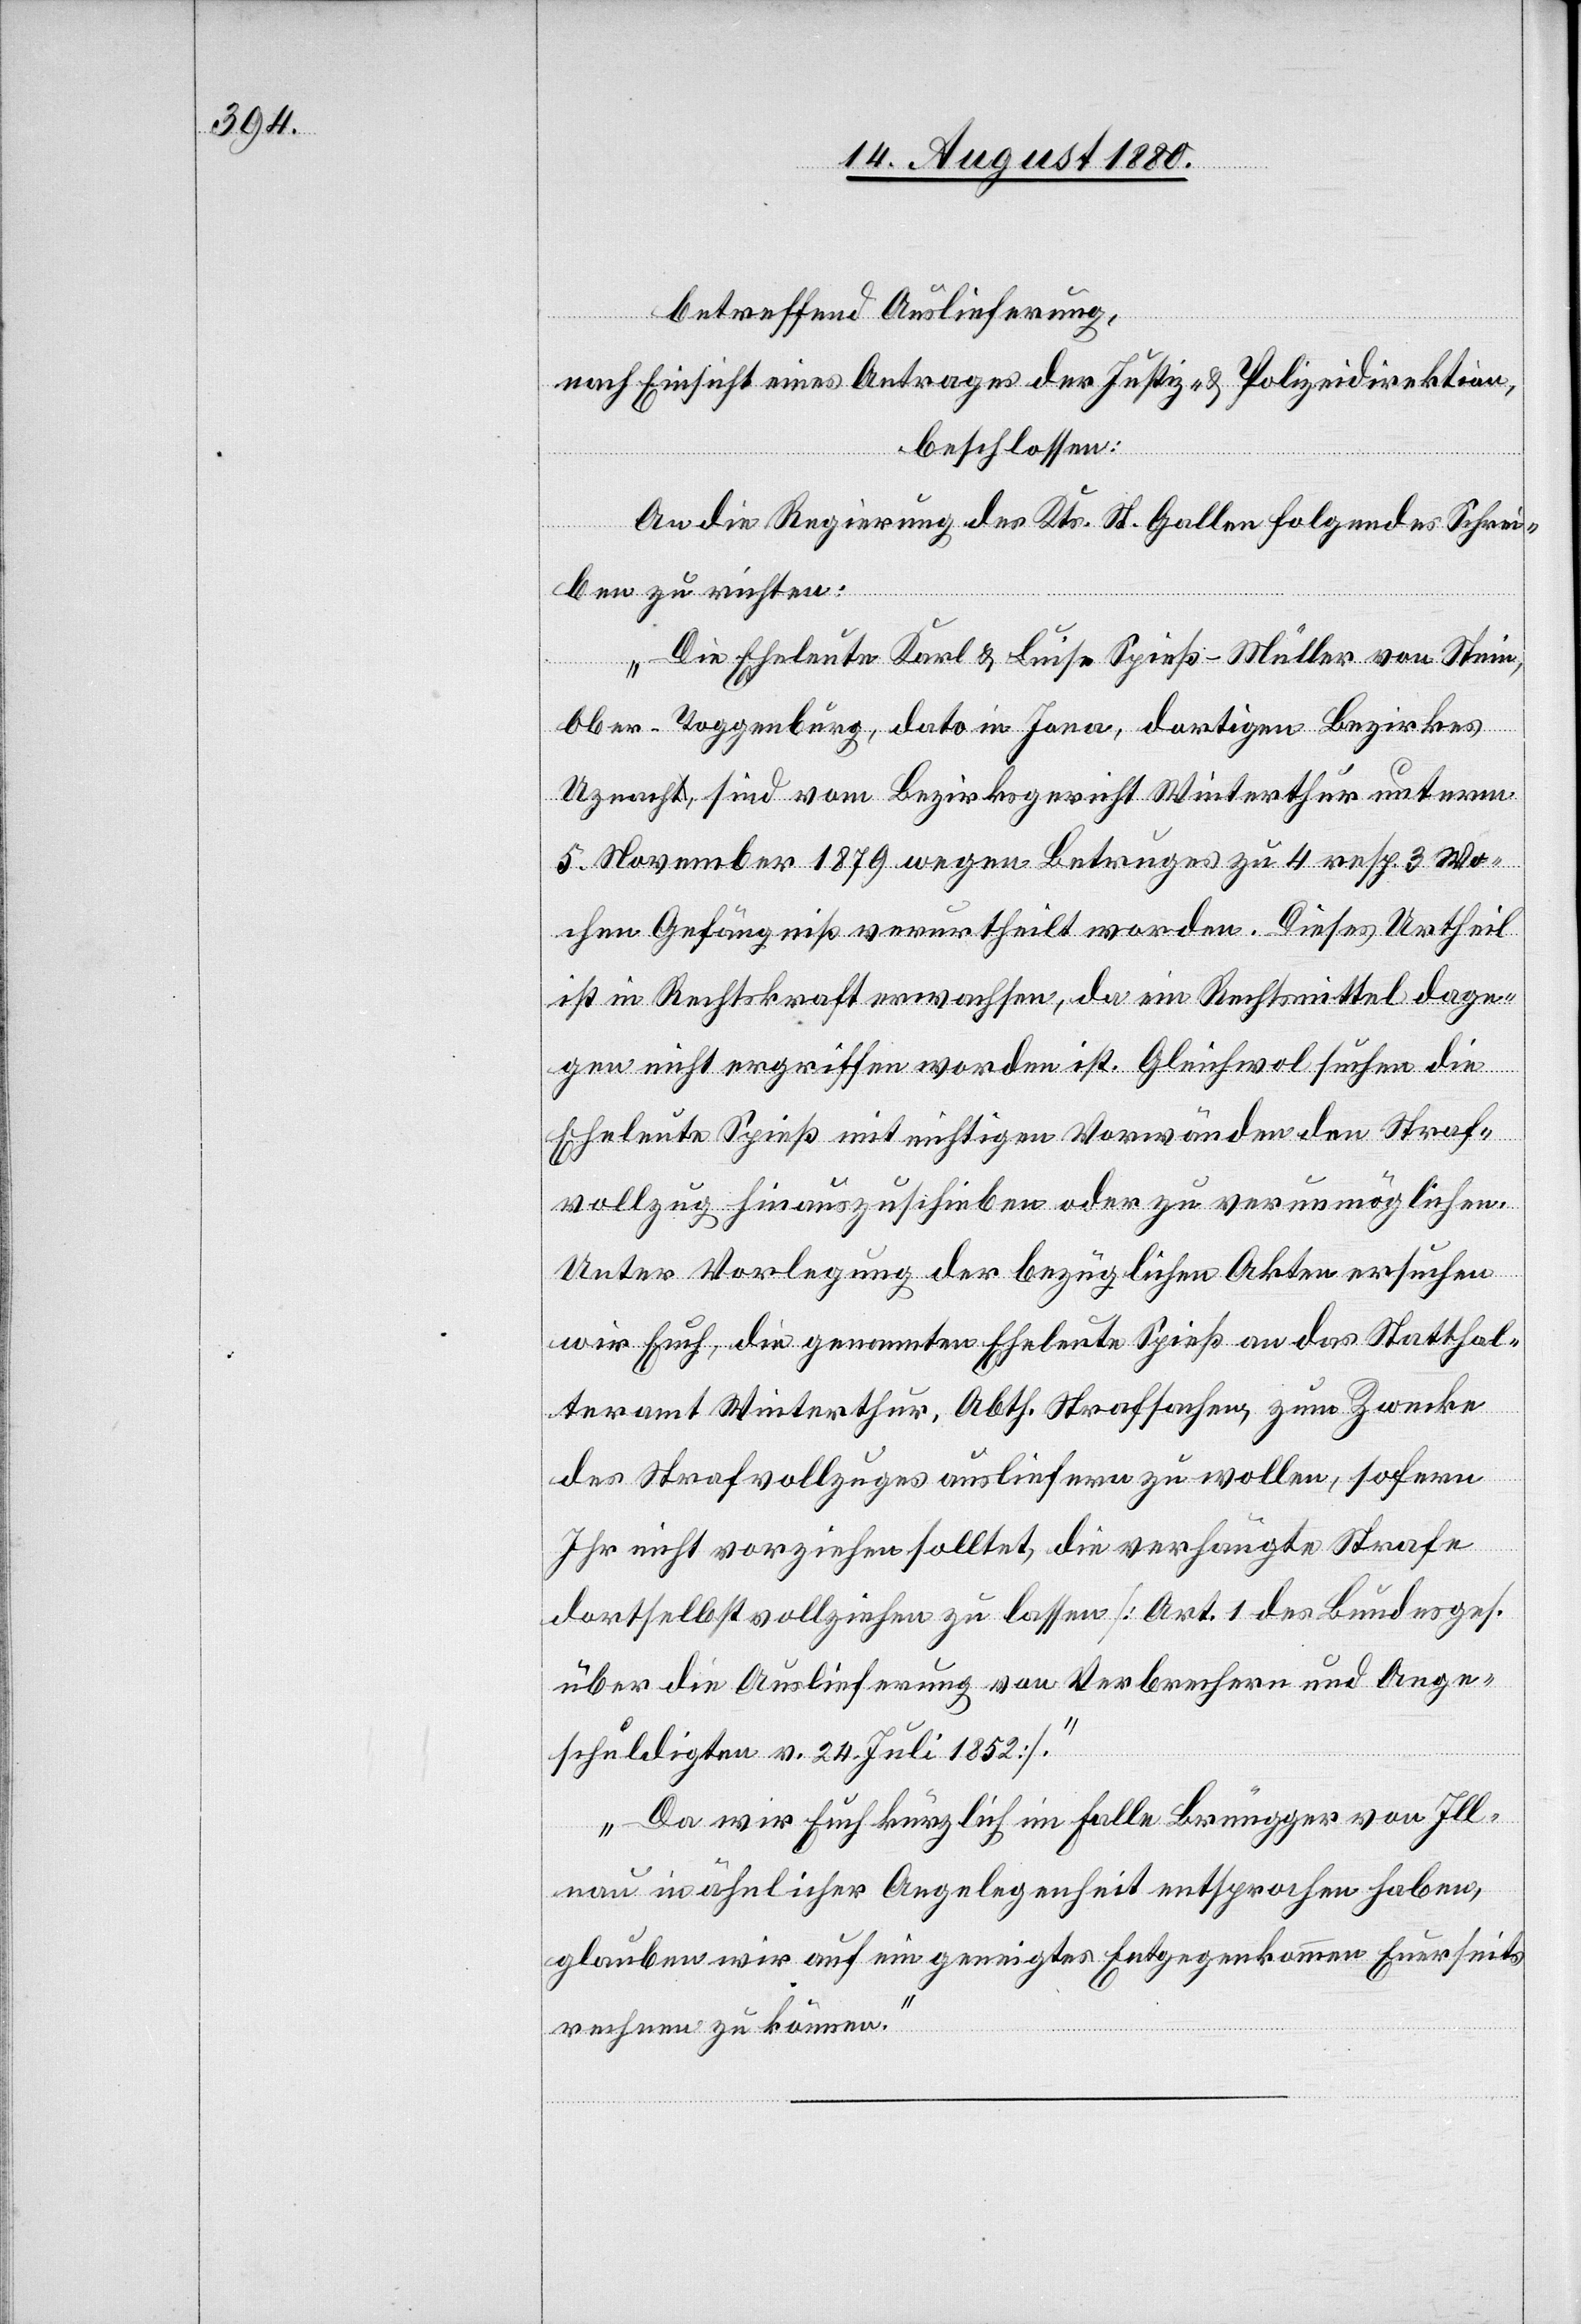
betreffend Auslieferung,
nach Einsicht eines Antrages der Justiz- & Polizeidirektion,
beschlossen:
An die Regierung des Kts. St. Gallen folgendes Schrei¬
ben zu richten:
„Die Eheleute Karl & Luise Spieß-Müller von Stein,
Ober-Toggenburg, dato in Jona, dortigen Bezirkes
Uznach, sind vom Bezirksgericht Winterthur unterm
5. November 1879 wegen Betruges zu 4 resp. 3 Wo¬
chen Gefängniß verurtheilt worden. Dieses Urtheil
ist in Rechtskraft erwachsen, da ein Rechtsmittel dage¬
gen nicht ergriffen worden ist. Gleichwol suchen die
Eheleute Spieß mit nichtigen Vorwänden den Straf¬
vollzug hinauszuschieben oder zu verunmöglichen.
Unter Vorlegung der bezüglichen Akten ersuchen
wir Euch, die genannten Eheleute Spieß an das Statthal¬
teramt Winterthur, Abth. Strafsachen, zum Zwecke
des Strafvollzuges ausliefern zu wollen, sofern
Ihr nicht vorziehen solltet, die verhängte Strafe
dortselbst vollziehen zu lassen [Art. 1 des Bundesges.
über die Auslieferung von Verbrechern und Ange¬
schuldigten v. 24. Juli 1852].
Da wir Euch kürzlich im Falle Brüngger von Ill¬
nau in ähnlicher Angelegenheit entsprochen haben,
glauben wir auf ein geneigtes Entgegenkommen Euerseits
rechnen zu können.“